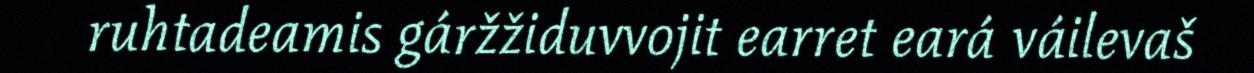
ruhtadeamis gáržžiduvvojit earret eará váilevaš